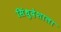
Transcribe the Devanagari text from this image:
सिंधुदेशाला